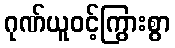
ဂုဏ်ယူဝင့်ကြွားစွာ